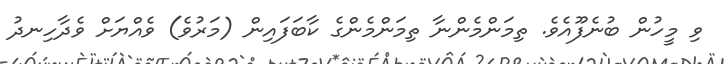
ވި މީހުން ބުނެފޫއެވެ. ތިމަންމެންނާ ތިމަންމެންގެ ކާބަފައިން (މަރުވެ) ވެއްޔަށް ވެދާހިނދު